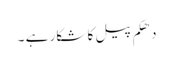
دھکم پیل کا شکار ہے ۔